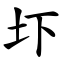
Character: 圷